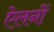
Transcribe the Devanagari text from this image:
ऐलनों